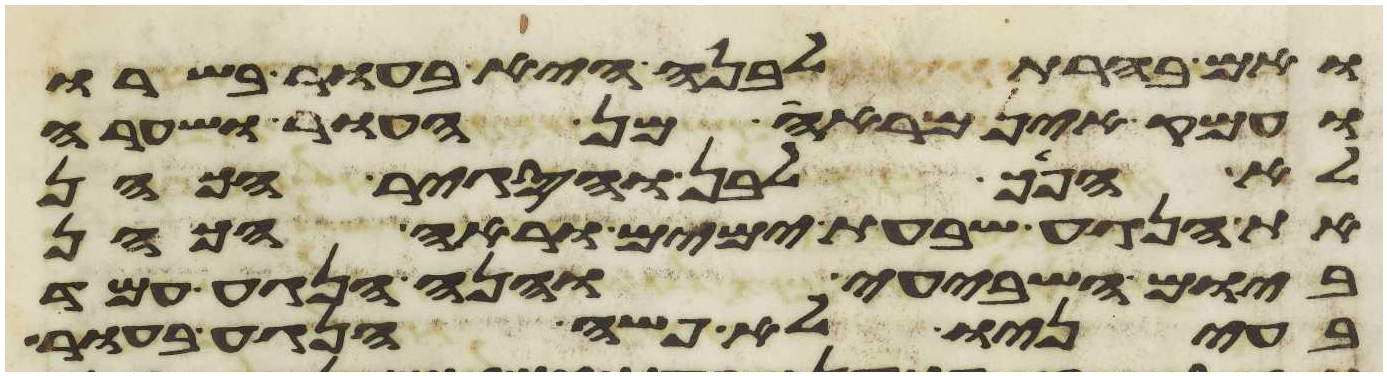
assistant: ואם בהרת לבנה היא בעור בשרו
ועמק אין מראה מן העור ושערה
לא הפך לבן והסגיר הכהן
את הנגע שבעת ימים וראה הכהן
ביום השביעי והנה הנגע עמד
בעיניו לא פשה הנגע בעור